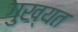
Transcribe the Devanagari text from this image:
गुख्यत